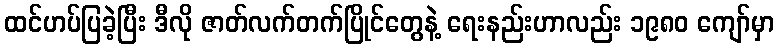
ထင်ဟပ်ပြခဲ့ပြီး ဒီလို ဇာတ်လက်တက်ပြိုင်တွေနဲ့ ရေးနည်းဟာလည်း ၁၉၈၀ ကျော်မှာ